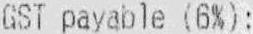
GST PAYABLE (6%):